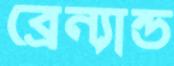
ব্রেন্যান্ড